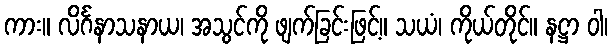
ကား။ လိင်္ဂနာသနာယ၊ အသွင်ကို ဖျက်ခြင်းဖြင့်။ သယံ၊ ကိုယ်တိုင်။ နဋ္ဌာ ဝါ၊